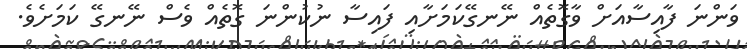
ވަންނަ ފާއިސާއަށް ވާގޮތެއް ނޭނގޭކަމަށާއި ފައިސާ ނުކުންނަ ގޮތެއް ވެސް ނޭނގޭ ކަމަށެވެ.